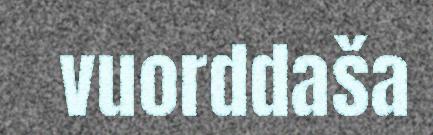
vuorddaša